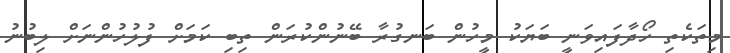
މިތަކެތި ހޯދާފައިވަނީ ބަޔަކު މީހުން ބަނގުރާ ބޭނުންކުރަން ތިބި ކަމަށް ފުލުހުންނަށް ލިބުނު